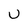
Character: U